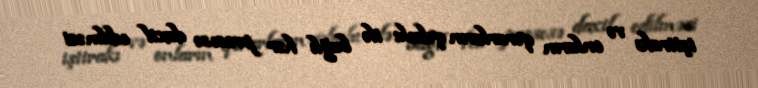
iştirakı və onların qərarların qəbulu ilə bağlı hər prosesə daxil edilməsi